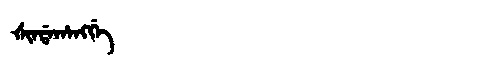
Manchu: ᡧᡳᠨᡩᠠᡥᠠᠩᡤᡝ
Romanization: ŠINDAHANGGE